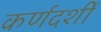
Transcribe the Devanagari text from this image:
कर्णदर्शी